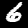
Digit: 6